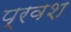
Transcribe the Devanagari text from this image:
प्रवश